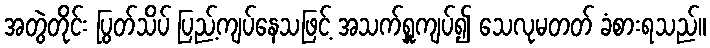
အတွဲတိုင်း ပြွတ်သိပ် ပြည့်ကျပ်နေသဖြင့် အသက်ရှူကျပ်၍ သေလုမတတ် ခံစားရသည်။